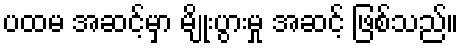
ပထမ အဆင့်မှာ မျိုးပွားမှု အဆင့် ဖြစ်သည်။